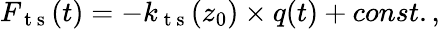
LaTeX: F_{\mathrm{~t~s~}}(t)=-k_{\mathrm{~t~s~}}(z_{0})\times q(t)+const.,